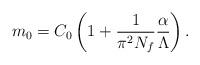
LaTeX: \begin{align*}m_{0}=C_0\left(1+\frac{1}{\pi^2N_f}{\alpha\over\Lambda}\right).\end{align*}